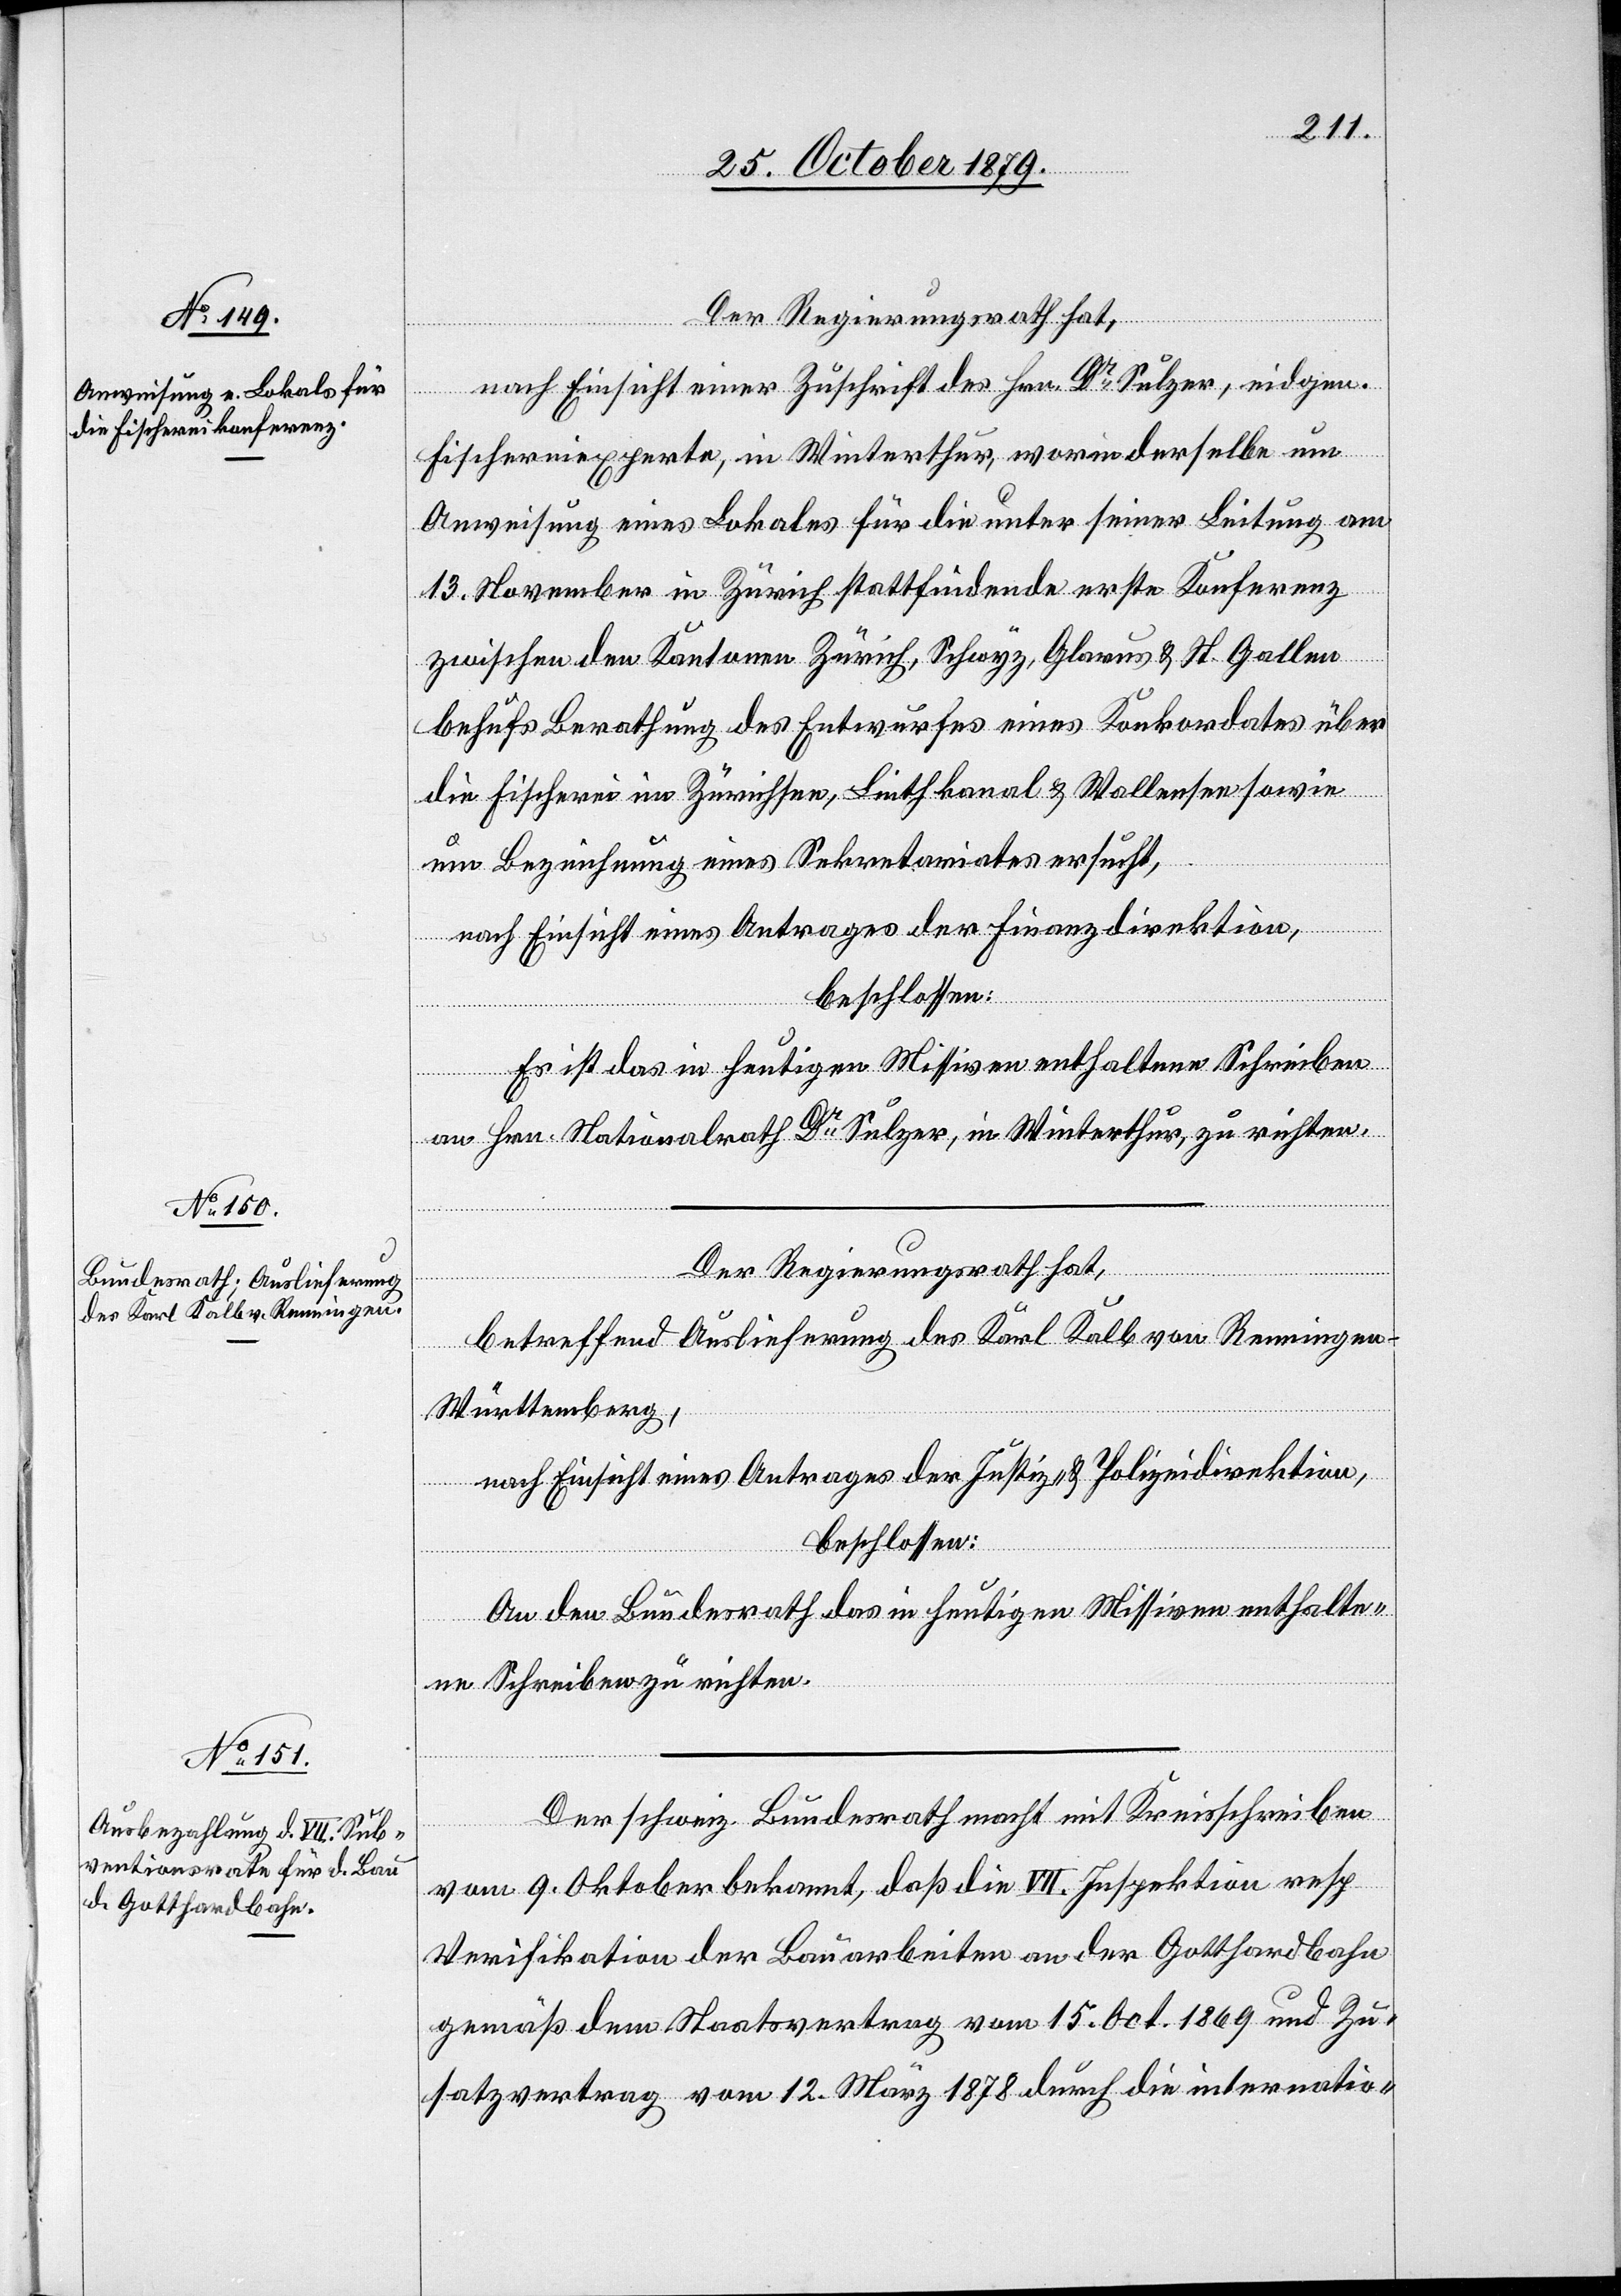
Der Regierungsrath hat,
nach Einsicht einer Zuschrift des Hrn. Dr Sulzer, eidgen.
Fischereiexperte, in Winterthur, worin derselbe um
Anweisung eines Lokales für die unter seiner Leitung am
13. November in Zürich stattfindende erste Konferenz
zwischen den Kantonen Zürich, Schwyz, Glarus & St. Gallen
behufs Berathung des Entwurfes eines Konkordates über
die Fischerei im Zürichsee, Linthkanal & Wallensee sowie
um Bezeichnung eines Sekretariates ersucht,
nach Einsicht eines Antrages der Finanzdirektion,
beschlossen:
Es ist das in heutigen Missiven enthaltene Schreiben
an Hrn. Nationalrath Dr Sulzer, in Winterthur, zu richten.
Der Regierungsrath hat,
betreffend Auslieferung des Karl Kalb von Renningen
Württemberg,
nach Einsicht eines Antrages der Justiz & Polizeidirektion,
beschlossen:
An den Bundesrath das in heutigen Missiven enthalte¬
ne Schreiben zu richten.
Der schweiz. Bundesrath macht mit Kreisschreiben
vom 9. Oktober bekannt, daß die VII. Inspektion resp.
Verifikation der Bauarbeiten an der Gotthardbahn
gemäß dem Staatsvertrag vom 15. Oct. 1869 und Zu¬
satzvertrag vom 12. März 1878 durch die internatio-